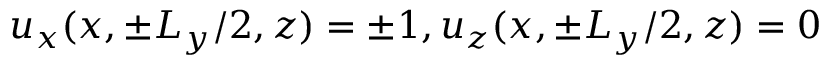
u _ { x } ( x , \pm L _ { y } / 2 , z ) = \pm 1 , u _ { z } ( x , \pm L _ { y } / 2 , z ) = 0